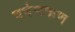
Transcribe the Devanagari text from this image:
वर्षणकण